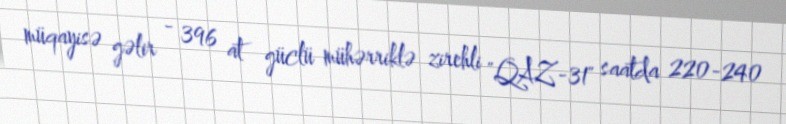
müqayisə gəlir - 396 at güclü mühərriklə zirehli "QAZ-31" saatda 220-240